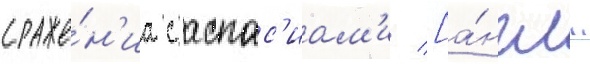
сраже́н'иа с аспас'иам'и [а́нгл.